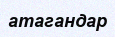
атагандар